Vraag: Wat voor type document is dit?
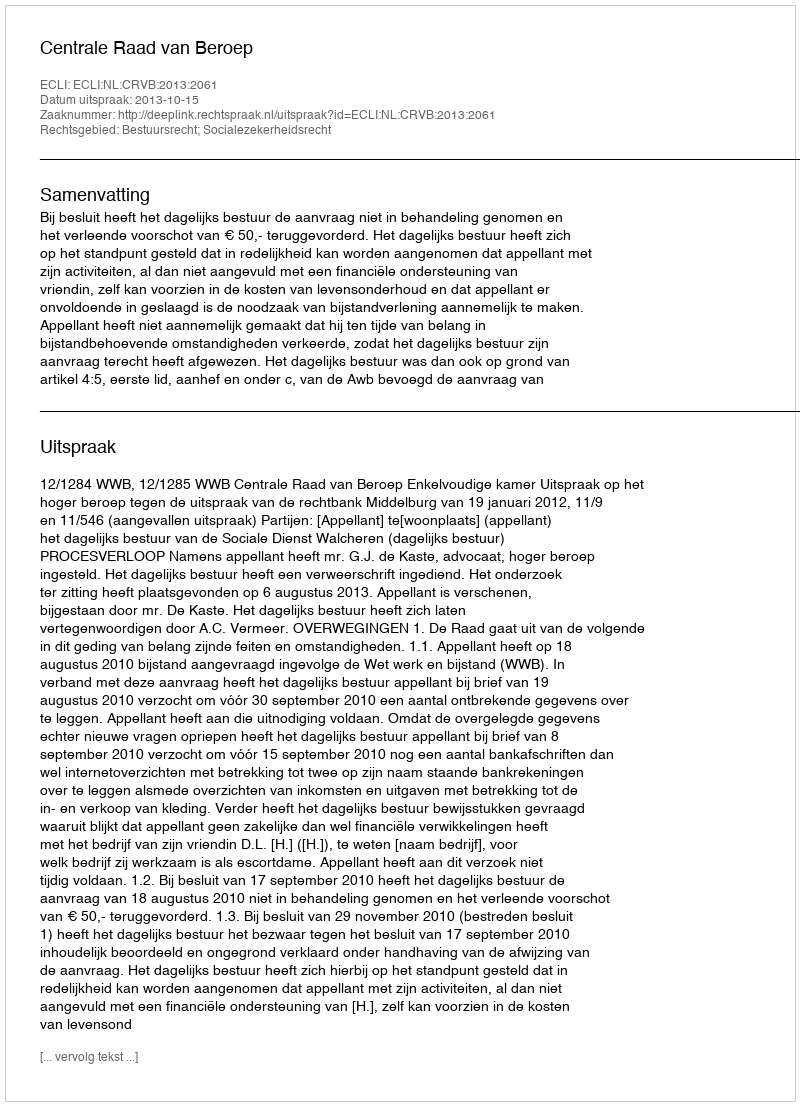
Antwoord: Uitspraak